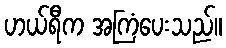
ဟယ်ရီက အကြံပေးသည်။